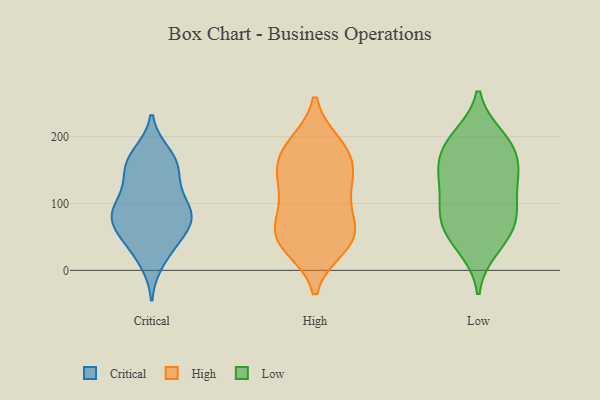
{"axis": {"x": "Backlog", "y": "Value"}, "legend": ["Critical", "High", "Low"], "data": [{"x": "", "y": 30, "type": "Critical"}, {"x": "", "y": 80, "type": "Critical"}, {"x": "", "y": 93, "type": "Critical"}, {"x": "", "y": 56, "type": "Critical"}, {"x": "", "y": 93, "type": "Critical"}, {"x": "", "y": 152, "type": "Critical"}, {"x": "", "y": 137, "type": "Critical"}, {"x": "", "y": 81, "type": "Critical"}, {"x": "", "y": 107, "type": "Critical"}, {"x": "", "y": 60, "type": "Critical"}, {"x": "", "y": 166, "type": "Critical"}, {"x": "", "y": 167, "type": "Critical"}, {"x": "", "y": 47, "type": "Critical"}, {"x": "", "y": 83, "type": "Critical"}, {"x": "", "y": 142, "type": "Critical"}, {"x": "", "y": 174, "type": "Critical"}, {"x": "", "y": 13, "type": "Critical"}, {"x": "", "y": 81, "type": "Critical"}, {"x": "", "y": 114, "type": "High"}, {"x": "", "y": 51, "type": "High"}, {"x": "", "y": 35, "type": "High"}, {"x": "", "y": 70, "type": "High"}, {"x": "", "y": 109, "type": "High"}, {"x": "", "y": 188, "type": "High"}, {"x": "", "y": 53, "type": "High"}, {"x": "", "y": 182, "type": "High"}, {"x": "", "y": 40, "type": "High"}, {"x": "", "y": 156, "type": "High"}, {"x": "", "y": 179, "type": "High"}, {"x": "", "y": 133, "type": "High"}, {"x": "", "y": 59, "type": "High"}, {"x": "", "y": 150, "type": "High"}, {"x": "", "y": 92, "type": "Low"}, {"x": "", "y": 146, "type": "Low"}, {"x": "", "y": 89, "type": "Low"}, {"x": "", "y": 72, "type": "Low"}, {"x": "", "y": 177, "type": "Low"}, {"x": "", "y": 33, "type": "Low"}, {"x": "", "y": 94, "type": "Low"}, {"x": "", "y": 194, "type": "Low"}, {"x": "", "y": 146, "type": "Low"}, {"x": "", "y": 136, "type": "Low"}, {"x": "", "y": 145, "type": "Low"}, {"x": "", "y": 60, "type": "Low"}, {"x": "", "y": 199, "type": "Low"}, {"x": "", "y": 189, "type": "Low"}, {"x": "", "y": 47, "type": "Low"}]}